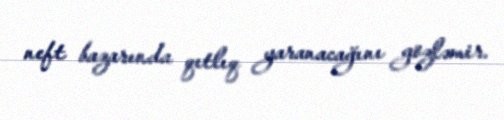
neft bazarında qıtlıq yaranacağını gözləmir.